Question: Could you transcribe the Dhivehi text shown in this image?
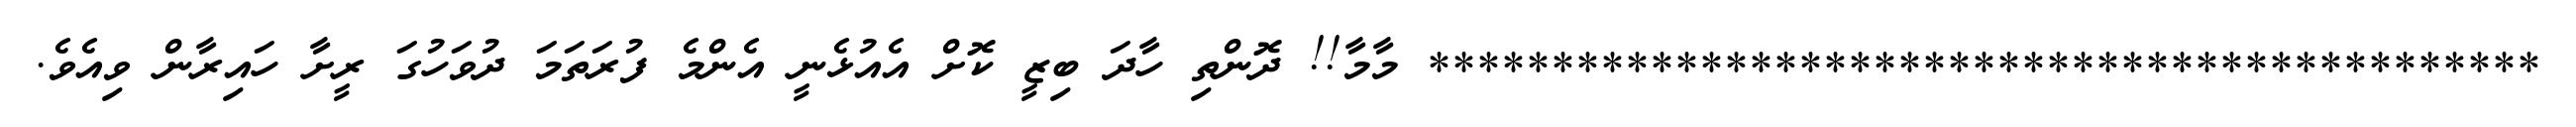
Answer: ********************************************* މާމާ!! ދޮންތި ހާދަ ބިޒީ ކޮށް އެއުޅެނީ އެންމެ ފުރަތަމަ ދުވަހުގަ ރީށާ ހައިރާން ވިއެވެ.